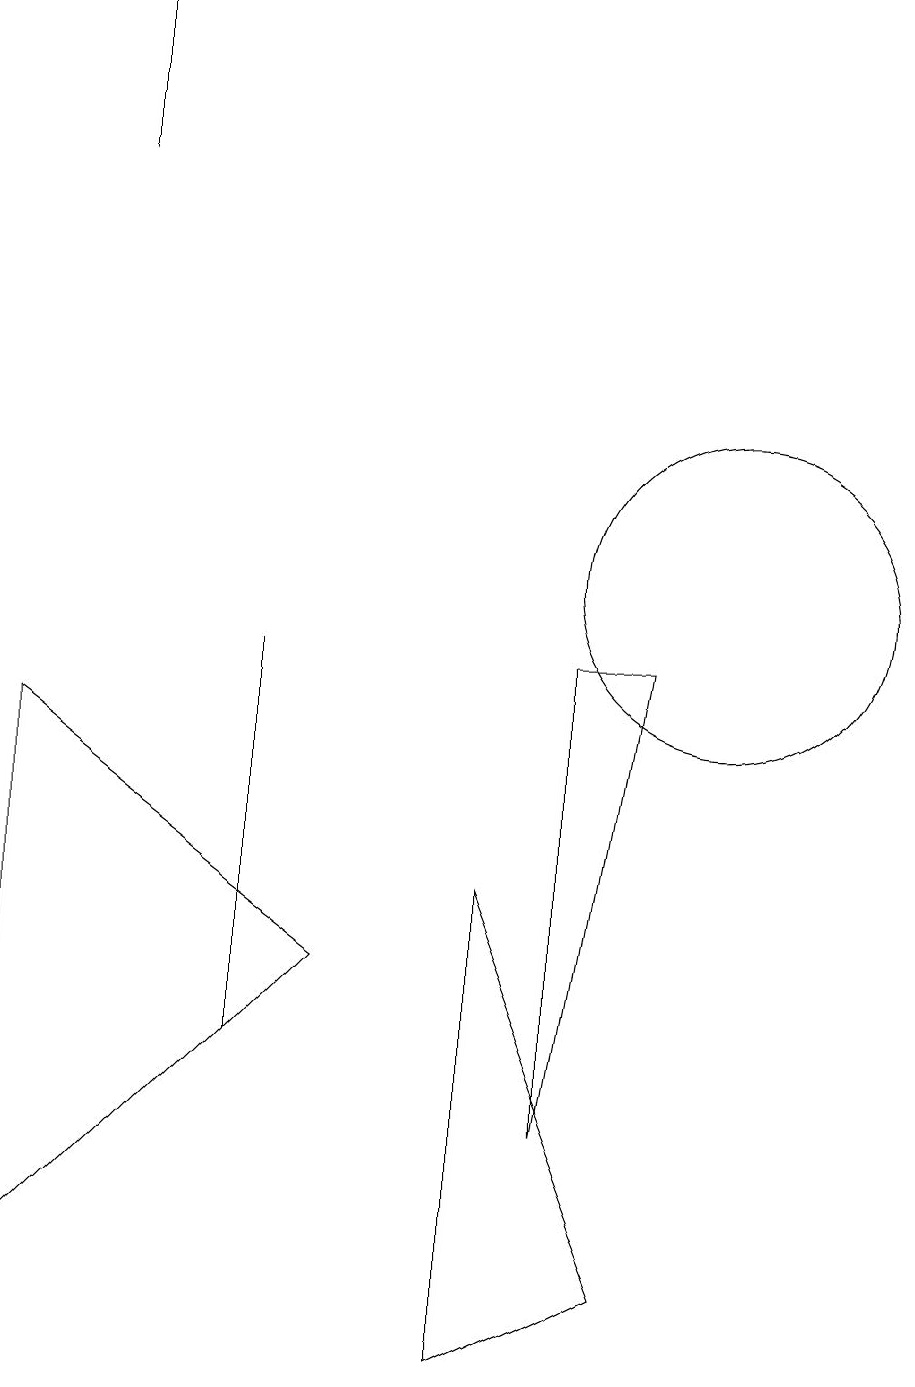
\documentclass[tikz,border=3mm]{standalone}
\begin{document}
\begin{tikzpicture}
\draw (9,9) -- (8,3) -- (8,9) -- cycle;
\draw (1,1) -- (5,5) -- (1,8) -- cycle;
\draw (2,17) rectangle (2,15);
\draw (10,10) circle (2);
\draw (9,1) -- (7,6) -- (7,0) -- cycle;
\draw (4,9) -- (4,5) -- (4,4) -- cycle;
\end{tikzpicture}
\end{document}